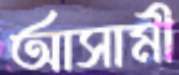
আসামী